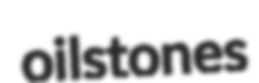
oilstones